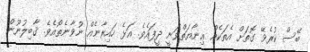
ބޭސް ކުރެވޭ ގޮތަަށް އެތަކެއް ޢިނާޔަތްވަނީ ދީފައެވެ. އަޅެ ހައިރާނެއް ނުވާނެތޯއެވެ. ޤާބިލުނޫން